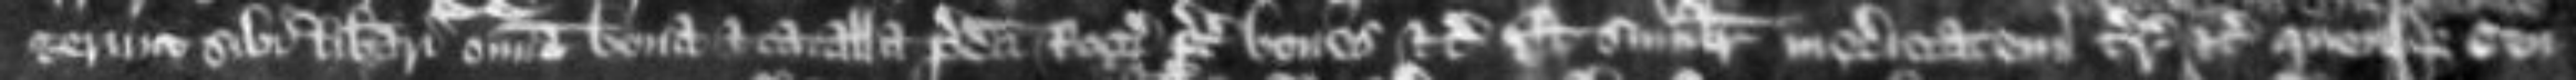
gerunt sibi liberari omnia bona et catalla predicti Rogeri preter boves etc Et similiter medietatem terrarum etc quosque cen